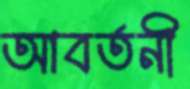
আবর্তনী